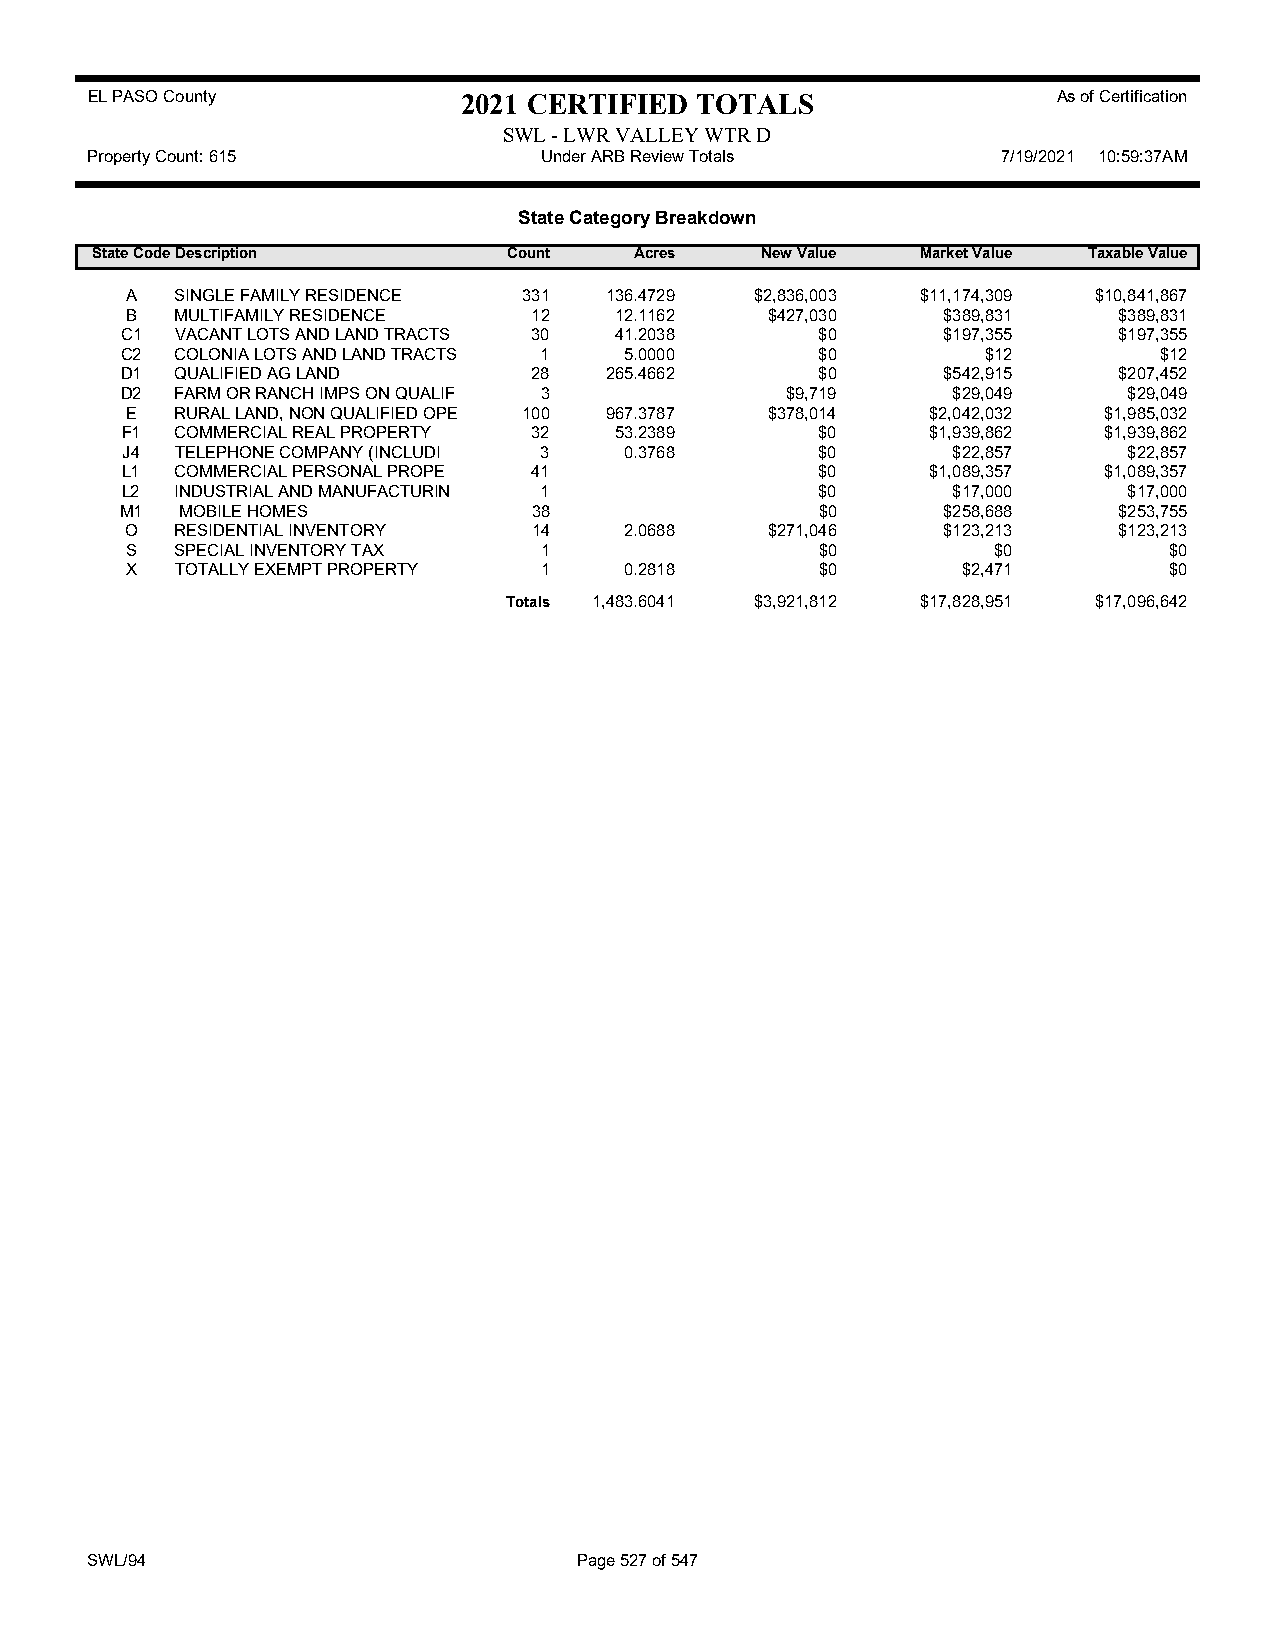
EL PASO County           2021 CERTIFIED TOTALS                  As of Certification
 SWL - LWR VALLEY WTR D
 Property Count: 615           Under ARB Review Totals       7/19/2021 10:59:37AM
 State Category Breakdown
 State CodeDescription       Count   Acres   New Value  Market Value Taxable Value
 A   SINGLE FAMILY RESIDENCE 331 136.4729  $2,836,003 $11,174,309 $10,841,867
 B   MULTIFAMILY RESIDENCE  12    12.1162   $427,030   $389,831    $389,831
 C1  VACANT LOTS AND LAND TRACTS 30 41.2038    $0      $197,355    $197,355
 C2  COLONIA LOTS AND LAND TRACTS 1 5.0000     $0         $12         $12
 D1  QUALIFIED AG LAND      28   265.4662      $0      $542,915    $207,452
 D2  FARM OR RANCH IMPS ON QUALIF 3          $9,719     $29,049     $29,049
 E   RURAL LAND, NON QUALIFIED OPE 100 967.3787 $378,014 $2,042,032 $1,985,032
 F1  COMMERCIAL REAL PROPERTY 32  53.2389      $0      $1,939,862 $1,939,862
 J4  TELEPHONE COMPANY (INCLUDI 3 0.3768       $0       $22,857     $22,857
 L1  COMMERCIAL PERSONAL PROPE 41              $0      $1,089,357 $1,089,357
 L2  INDUSTRIAL AND MANUFACTURIN 1             $0       $17,000     $17,000
 M1  MOBILE HOMES           38                 $0      $258,688    $253,755
 O   RESIDENTIAL INVENTORY  14    2.0688    $271,046   $123,213    $123,213
 S   SPECIAL INVENTORY TAX   1                 $0          $0         $0
 X   TOTALLY EXEMPT PROPERTY 1    0.2818       $0        $2,471       $0
 Totals 1,483.6041 $3,921,812 $17,828,951 $17,096,642
 SWL/94                          Page 527 of 547